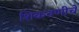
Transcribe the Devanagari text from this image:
शिकवणीचे